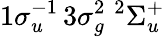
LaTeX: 1\sigma_{u}^{-1}\, 3\sigma_{g}^{2}\; ^{2}\Sigma_{u}^{+}